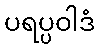
ပရပ္ပဝါဒံ